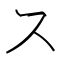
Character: ス